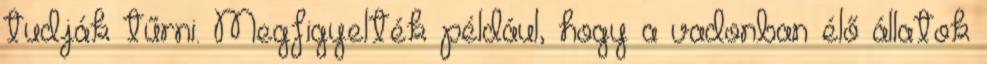
tudják tűrni. Megfigyelték például, hogy a vadonban élő állatok